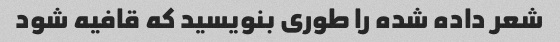
شعر داده شده را طوری بنویسید که قافیه شود